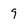
Character: 9